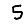
Digit: 5